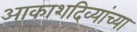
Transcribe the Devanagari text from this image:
आकाशदिव्यांच्या